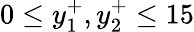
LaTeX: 0\leq y_{1}^{+},y_{2}^{+}\leq 15